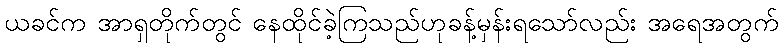
ယခင်က အာရှတိုက်တွင် နေထိုင်ခဲ့ကြသည်ဟုခန့်မှန်းရသော်လည်း အရေအတွက်